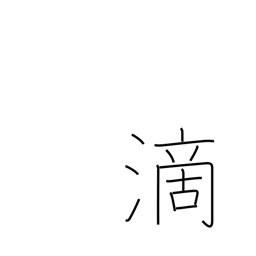
Meaning: drip